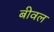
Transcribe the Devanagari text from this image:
बीवल